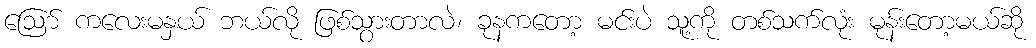
ဩော် ကလေးမနှယ် ဘယ်လို ဖြစ်သွားတာလဲ၊ ခုနကတော့ မင်းပဲ သူ့ကို တစ်သက်လုံး မုန်းတော့မယ်ဆို